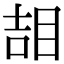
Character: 𥆅